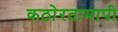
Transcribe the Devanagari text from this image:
कठोरतामापी